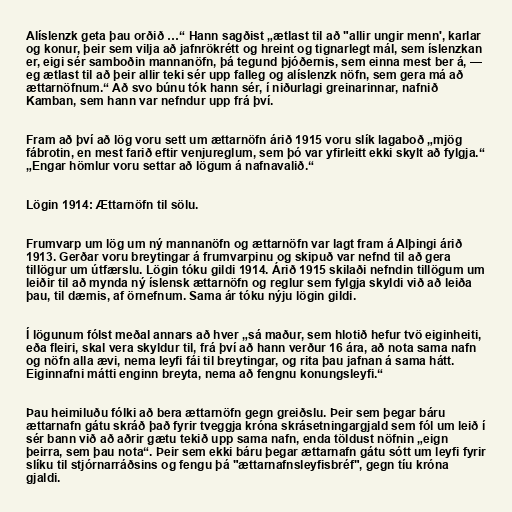
Alíslenzk geta þau orðið …“ Hann sagðist „ætlast til að "allir ungir menn', karlar
og konur, þeir sem vilja að jafnrökrétt og hreint og tignarlegt mál, sem íslenzkan
er, eigi sér samboðin mannanöfn, þá tegund þjóðernis, sem einna mest ber á, —
eg ætlast til að þeir allir teki sér upp falleg og alíslenzk nöfn, sem gera má að
ættarnöfnum.“ Að svo búnu tók hann sér, í niðurlagi greinarinnar, nafnið
Kamban, sem hann var nefndur upp frá því.

Fram að því að lög voru sett um ættarnöfn árið 1915 voru slík lagaboð „mjög
fábrotin, en mest farið eftir venjureglum, sem þó var yfirleitt ekki skylt að fylgja.“
„Engar hömlur voru settar að lögum á nafnavalið.“

Lögin 1914: Ættarnöfn til sölu.

Frumvarp um lög um ný mannanöfn og ættarnöfn var lagt fram á Alþingi árið
1913. Gerðar voru breytingar á frumvarpinu og skipuð var nefnd til að gera
tillögur um útfærslu. Lögin tóku gildi 1914. Árið 1915 skilaði nefndin tillögum um
leiðir til að mynda ný íslensk ættarnöfn og reglur sem fylgja skyldi við að leiða
þau, til dæmis, af örnefnum. Sama ár tóku nýju lögin gildi.

Í lögunum fólst meðal annars að hver „sá maður, sem hlotið hefur tvö eiginheiti,
eða fleiri, skal vera skyldur til, frá því að hann verður 16 ára, að nota sama nafn
og nöfn alla ævi, nema leyfi fái til breytingar, og rita þau jafnan á sama hátt.
Eiginnafni mátti enginn breyta, nema að fengnu konungsleyfi.“

Þau heimiluðu fólki að bera ættarnöfn gegn greiðslu. Þeir sem þegar báru
ættarnafn gátu skráð það fyrir tveggja króna skrásetningargjald sem fól um leið í
sér bann við að aðrir gætu tekið upp sama nafn, enda töldust nöfnin „eign
þeirra, sem þau nota“. Þeir sem ekki báru þegar ættarnafn gátu sótt um leyfi fyrir
slíku til stjórnarráðsins og fengu þá "ættarnafnsleyfisbréf", gegn tíu króna
gjaldi.